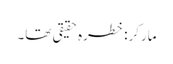
مارکر: خطرہ حقیقی تھا۔